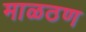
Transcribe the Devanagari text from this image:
माळठण